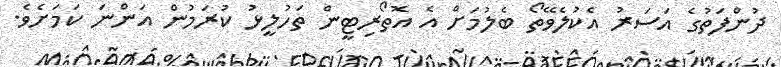
ދުންފަތުގެ އަސަރު އެކުލެވޭތޯ ބެލުމަށް އެ އޮތޯރިޓީން ތަހުލީޅު ކުރަމުން އަންނަ ކަމަށެވެ.